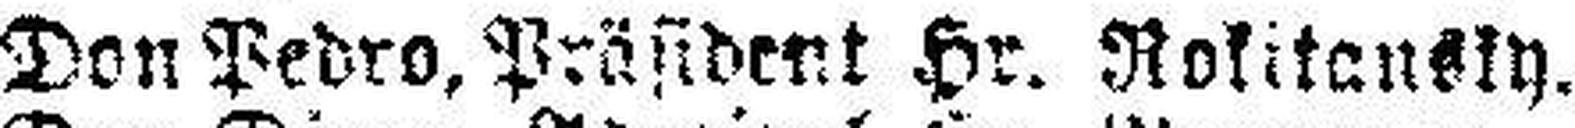
Don Pedro. Präsident Hr. Rokitensky.